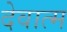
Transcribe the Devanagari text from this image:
देवात्म